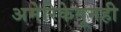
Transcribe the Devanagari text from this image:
अमेरिकेतूनही